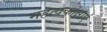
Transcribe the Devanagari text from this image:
महत्वकांक्षाएं